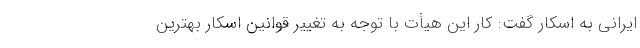
ایرانی به اسکار گفت: کار این هیأت با توجه به تغییر قوانین اسکار بهترین